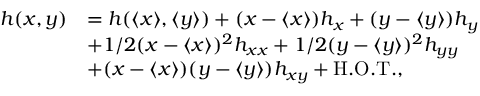
\begin{array} { r l } { h ( x , y ) } & { = h ( \langle x \rangle , \langle y \rangle ) + ( x - \langle x \rangle ) h _ { x } + ( y - \langle y \rangle ) h _ { y } } \\ & { + 1 / 2 ( x - \langle x \rangle ) ^ { 2 } h _ { x x } + 1 / 2 ( y - \langle y \rangle ) ^ { 2 } h _ { y y } } \\ & { + ( x - \langle x \rangle ) ( y - \langle y \rangle ) h _ { x y } + \mathrm { H . O . T . } , } \end{array}